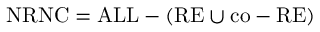
{ \mathrm { N R N C } } = { \mathrm { A L L } } - ( { \mathrm { R E } } \cup { \mathrm { c o - R E } } )